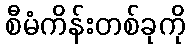
စီမံကိန်းတစ်ခုကို